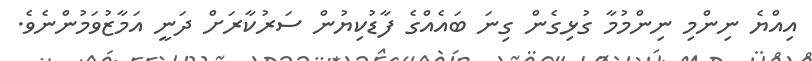
އިއްޔެ ނިންމި ނިންމުމާ ގުޅިގެން ގިނަ ބައެއްގެ ފާޑުކިޔުން ސަރުކާރަށް ދަނީ އަމާޒުވަމުންނެވެ.